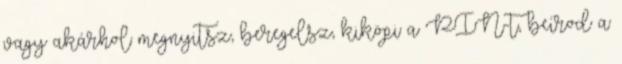
vagy akárhol megnyitsz, beregelsz, kiköpi a PIN-t, beírod a